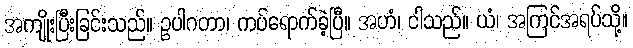
အကျိုးပြီးခြင်းသည်။ ဥပါဂတာ၊ ကပ်ရောက်ခဲ့ပြီ။ အဟံ၊ ငါသည်။ ယံ၊ အကြင်အရပ်သို့။